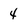
Character: 4